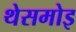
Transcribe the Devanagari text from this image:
थेसमोइ